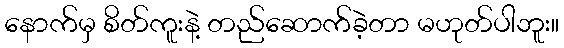
နောက်မှ စိတ်ကူးနဲ့ တည်ဆောက်ခဲ့တာ မဟုတ်ပါဘူး။